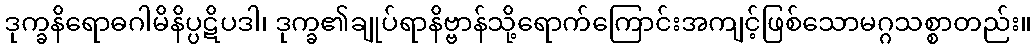
ဒုက္ခနိရောဓဂါမိနိပ္ပဋိပဒါ၊ ဒုက္ခ၏ချုပ်ရာနိဗ္ဗာန်သို့ရောက်ကြောင်းအကျင့်ဖြစ်သောမဂ္ဂသစ္စာတည်း။